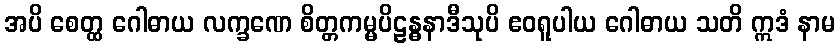
အပိ စေတ္ထ ဂေါဓာယ လက္ခဏေ စိတ္တကမ္မပိဠန္ဓနာဒီသုပိ ဧဝရူပါယ ဂေါဓာယ သတိ ဣဒံ နာမ